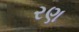
રણ